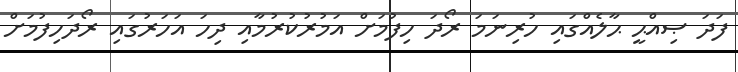
ފަދަ ޞިއްޙީ ޙާލެއްގައި ހުރިނަމަ ރޯދަ ހިފުމަށް އަމުރުކުރުމާއި ދިހަ އަހަރުގައި ރޯދަހިފުމަށް